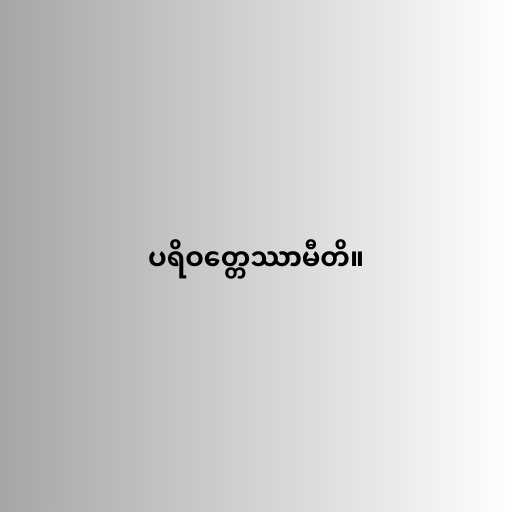
ပရိဝတ္တေဿာမီတိ။